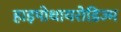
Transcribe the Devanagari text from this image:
हाइपोथायरोडिज्म